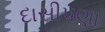
દાસીપણા